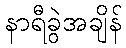
နာရီခွဲအချိန်